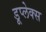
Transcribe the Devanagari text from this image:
डूप्लेक्स